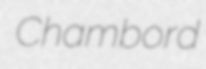
Chambord